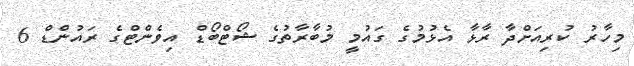
މިހާރު ކުރިއަށްދާ ރާޅާ އެޅުމުގެ ގައުމީ މުބާރާތުގެ ޝޯޓްބޯޑް އިވެންޓްގެ ރައުންޑް 6